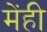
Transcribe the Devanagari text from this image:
मेंही